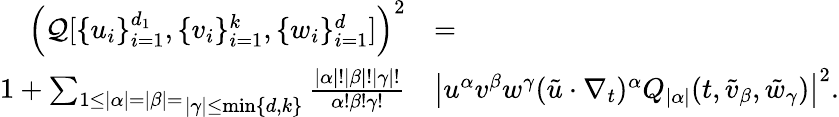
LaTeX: \begin{array}{rl}{\left(\mathcal{Q}[\{ u_{i}\} _{i=1}^{d_{1}},\{ v_{i}\} _{i=1}^{k},\{ w_{i}\} _{i=1}^{d}]\right)^{2}}&{=}\\ {1+\mathop{\sum_{1\leq|\alpha|=|\beta|=}}_{|\gamma|\leq\operatorname*{min}\{ d,k\} }\frac{|\alpha|!|\beta|!|\gamma|!}{\alpha!\beta!\gamma!}}&{\left|u^{\alpha}v^{\beta}w^{\gamma}(\tilde{u}\cdot\nabla_{t})^{\alpha}Q_{|\alpha|}(t,\tilde{v}_{\beta},\tilde{w}_{\gamma})\right|^{2}.}\end{array}